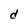
Character: d